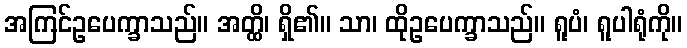
အကြင်ဥပေက္ခာသည်။ အတ္ထိ၊ ရှိ၏။ သာ၊ ထိုဥပေက္ခာသည်။ ရူပံ၊ ရူပါရုံကို။